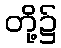
တို့၌